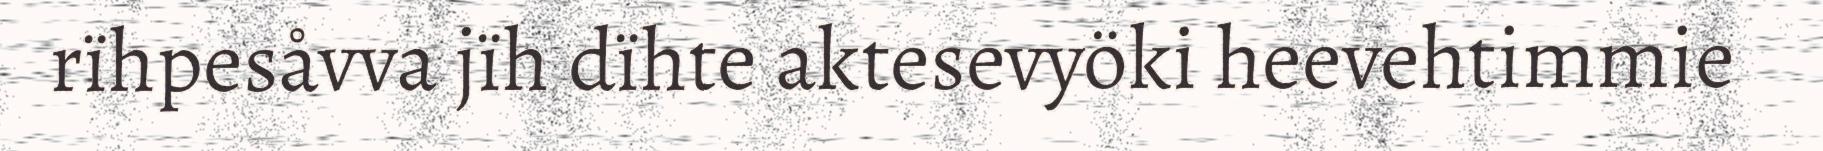
rïhpesåvva jïh dïhte aktesevyöki heevehtimmie